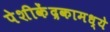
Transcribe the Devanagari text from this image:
पेशीकेंद्रकामध्ये